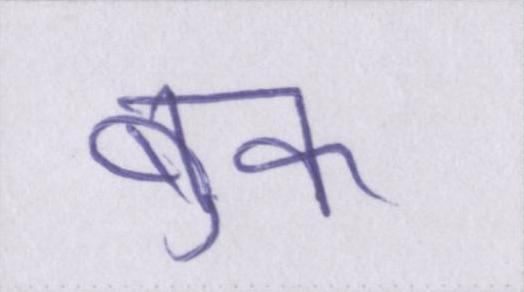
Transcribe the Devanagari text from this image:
बुक